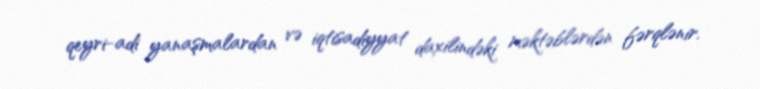
qeyri-adi yanaşmalardan və iqtisadiyyat daxilindəki məktəblərdən fərqlənir.